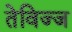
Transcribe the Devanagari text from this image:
तेविज्ज